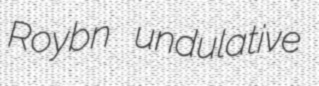
Roybn undulative